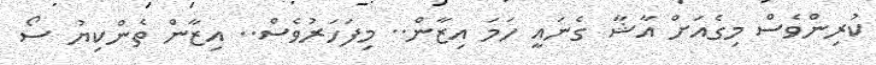
ކުރިންވެސް މިގެއަށް އާޝާ ގެނައީ ހަމަ އިޒާން.. މިފަހަރުވެސް.. އިޒާން ތެންކިޔު ސޯ